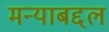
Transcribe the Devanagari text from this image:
मन्याबद्दल